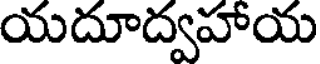
యదూద్వహాయ